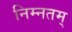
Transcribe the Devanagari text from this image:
निम्नतम्